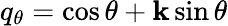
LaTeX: q_{\theta}=\cos\theta+\mathbf{k}\sin\theta